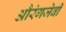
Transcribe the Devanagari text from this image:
औरंगजेबी